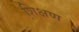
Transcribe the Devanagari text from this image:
शि़क्षण